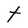
Character: t